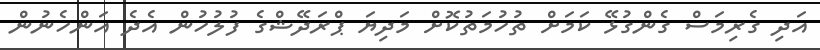
އަދި ގެރިމަސް ގެންގުޅޭ ކަމަށް ތުހުމަތުކޮށް މަދިޔަ ޕްރަދޭޝްގެ ފުލުހުން އެދެ އަންހެނުން